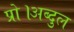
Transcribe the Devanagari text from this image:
प्रो।अब्दुल